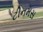
ટીનમસ